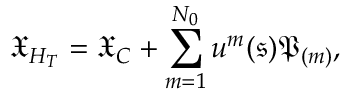
\mathfrak { X } _ { H _ { T } } = \mathfrak { X } _ { C } + \sum _ { m = 1 } ^ { N _ { 0 } } u ^ { m } ( \mathfrak { s } ) \mathfrak { P } _ { ( m ) } ,